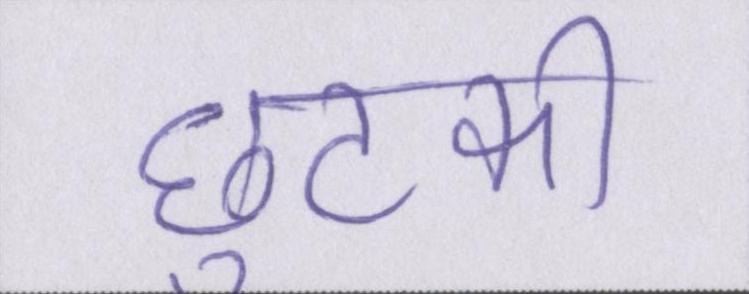
छुटकी